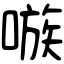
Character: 嗾